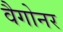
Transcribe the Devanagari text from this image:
वैगोनर